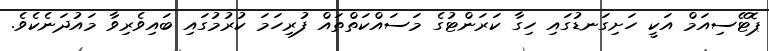
ޕޮޓޭސިއަމް އަކީ ހަށިގަނޑުގައި ހިގާ ކަރަންޓުގެ މަސައްކަތްތައް ފުރިހަމަ ކުރުމުގައި ބައިވެރިވާ މައުދަނެކެވެ.